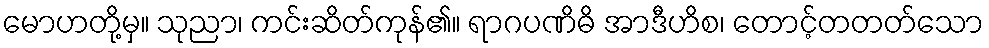
မောဟတို့မှ။ သုညာ၊ ကင်းဆိတ်ကုန်၏။ ရာဂပဏိဓိ အာဒီဟိစ၊ တောင့်တတတ်သော